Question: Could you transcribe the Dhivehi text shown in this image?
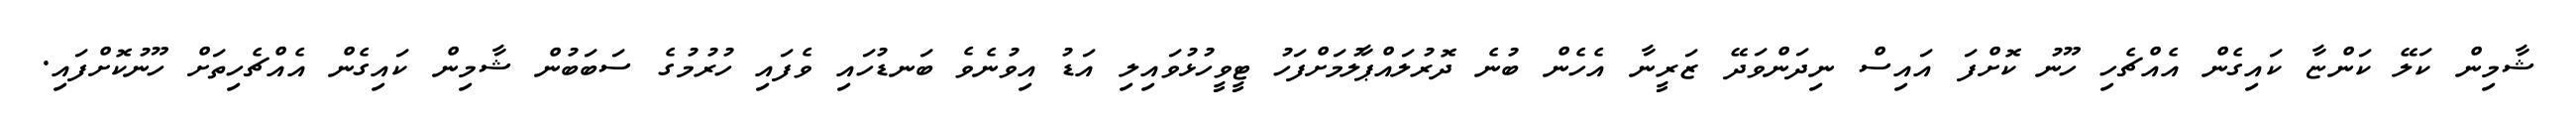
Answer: ޝާމިން ކަލޭ ކަންޏާ ކައިގެން އެއްޗެހި ހޫނު ކޮށްފަ އައިސް ނިދަންވަދޭ ޒަރީނާ އެހެން ބުނެ ދޮރުލައްޕާލުމަށްފަހު ޓީވީހުޅުވައިލި އަޑު އިވުނެވެ ބަނޑުހައި ވެފައި ހުރުމުގެ ސަބަބުން ޝާމިން ކައިގެން އެއްޗެހިތަށް ހޫނުކޮށްފައި.